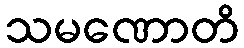
သမဏောတိ